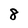
Character: 8